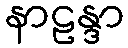
နာဠန္ဒာ